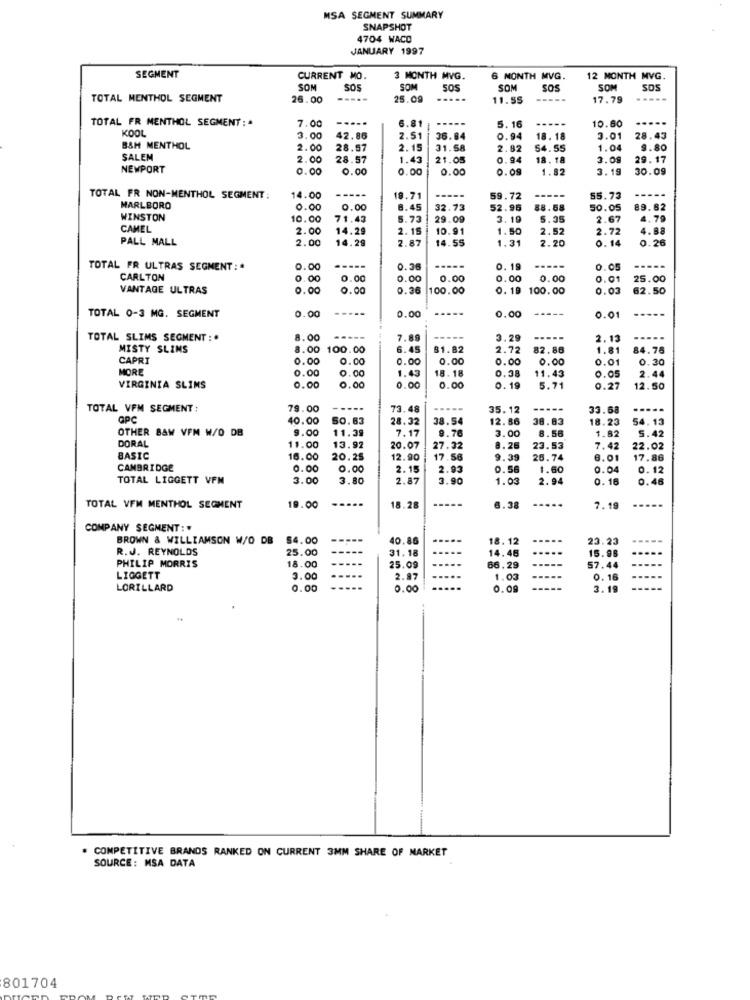
MSA SEGMENT SUMMARY
SNAPSHOT
4704 WACO
JANUARY 1997
SEGMENT
CURRENT MO.
3 MONTH MVG.
6 MONTH MVG.
12 MONTH MVG.
SOM
SOS
SOM
SOS
SOM
SOS
SOM
SOS
TOTAL MENTHOL SEGMENT
26.00
-----
25.09
.....
11.55
17.79
TOTAL FR MENTHOL SEGMENT :*
-....
6.81
-----
-----
10.60
.....
KOOL
7.00
5. 16
1.00
42.86
2.51
36.84
0.94
18. 18
3.01
28.43
BSH MENTHOL
2.00
28.57
2.15
31.58
2.82
54.55
1.04
9.80
SALEM
2.00
28.57
1.43
21.05
0.94
18. 18
3.08
29.17
NEWPORT
0.00
0.00
0.00
0.00
0.09
1.82
3.19
30.09
-----
----
TOTAL FR NON-MENTHOL SEGMENT:
14.00
19.71
59.72
55.73
MARLBORO
0.00
0.00
8.45
32.75
52.95
88.58
50.05
89.62
WINSTON
10.00
71.43
5.73
29.00
3.19
5.35
2.67
4.79
CAMEL
2.00
14.29
2.15
10.91
1.50
2.52
2.72
4.88
PALL MALL
2.00
14.29
2.87
14.55
1.31
2.20
0.14
0.26
TOTAL FR ULTRAS SEGMENT :*
0.00
0.36
0.19
-----
0.05
-----
CARLTON
0.00
0.00
0.00
0.00
0.00
0.00
0.01
25.00
VANTAGE ULTRAS
0.00
0.00
0.36
100.00
0. 19
100.00
0.03
62.50
-----
TOTAL 0-3 MG. SEGMENT
0.00
0.00
0.00
0.01
TOTAL SLIMS SEGMENT :.
8.00
-----
7.89
3.29
2.13
MISTY SLIMS
8.00
100.00
6.45
81.82
2.72
82.86
1.81
84.75
CAPRI
0.00
O.
0.00
0.00
0.00
0.00
0.01
0.30
MORE
0.00
1.43
0.3
0.05
2.44
0.00
18.18
11.43
VIRGINIA SLIMS
0.00
.00
.00
0.00
0.19
5.71
.27
12.50
TOTAL VFM SEGMENT :
79.00
73.
35.12
33.68
.....
GPC
40.00
50.63
28.32
38.54
12. 86
38.83
18.23
54.13
OTHER BAW VPM W/O DB
7.17
9.76
3.00
8.58
1.82
5.42
DORAL
9.00
11.39
11.00
13.92
20.07
27.32
8.25
23.53
7.42
22.02
BASIC
16.00
20.25
12.90
17.56
9.39
26.74
6.01
17.86
CAMBRIDGE
0.00
0.00
2.15
2.93
0.56
1.60
0.04
0.12
TOTAL LIGGETT VFM
3.00
3.80
2.87
3.90
1.03
2.94
0.16
0.46
....
TOTAL VFM MENTHOL SEGMENT
19.00
18.28
6.38
7.19
COMPANY SEGMENT :*
BROWN & WILLIAMSON W/O DB
$4.00
40.86
.....
18.12
23.23
R. J. REYNOLDS
25.00
31.18
15.98
14.46
PHILIP MORRIS
18.00
25.09
---
66.29
57.44
LIGGETT
3.00
...
2.87
1.03
0. 16
LORILLARD
0.00
0.00
..
0.09
--
3.19
COMPETITIVE BRANDS RANKED ON CURRENT 3MM SHARE OF MARKET
SOURCE: MSA DATA
801704